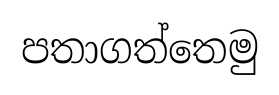
පතාගත්තෙමු